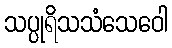
သပ္ပုရိသသံသေဝေါ